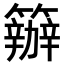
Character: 𥷁